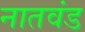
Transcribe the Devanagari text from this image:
नातवंड